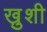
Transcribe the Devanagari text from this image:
खु़शी